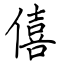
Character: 僖